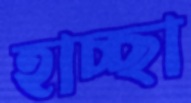
হাচ্ছা